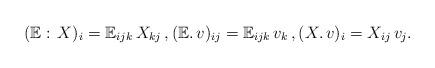
LaTeX: \begin{align*}(\mathbb{E}:\, X)_{i}=\mathbb{E}_{ijk}\,X_{kj}\, , (\mathbb{E}. \,v)_{ij}=\mathbb{E}_{ijk}\,v_{k}\,,(X.\, v)_{i}=X_{ij}\,v_j.\end{align*}